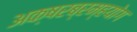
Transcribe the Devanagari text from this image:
अक्षरब्रम्हयोग